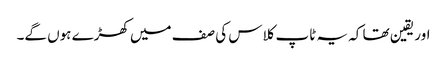
اور یقین تھا کہ یہ ٹاپ کلاس کی صف میں کھڑے ہوں گے۔